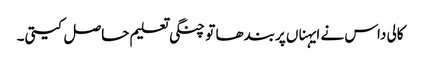
کالی داس نے ایہناں پربندھا تو چنگی تعلیم حاصل کیتی۔